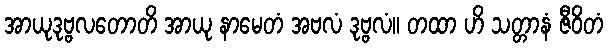
အာယုဒုဗ္ဗလတောတိ အာယု နာမေတံ အဗလံ ဒုဗ္ဗလံ။ တထာ ဟိ သတ္တာနံ ဇီဝိတံ